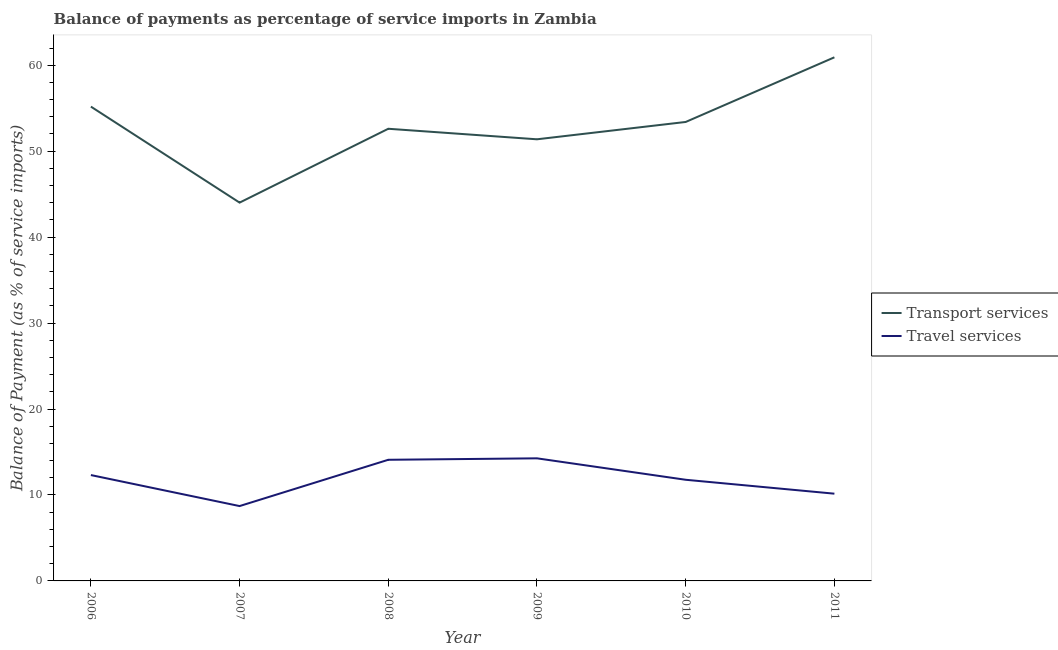
| Year | Transport services | Travel services |
 | --- | --- | --- |
 | 2006 | 55.2 | 12.3 |
 | 2007 | 44 | 8.71 |
 | 2008 | 52.6 | 14.1 |
 | 2009 | 51.4 | 14.3 |
 | 2010 | 53.4 | 11.8 |
 | 2011 | 60.9 | 10.1 |